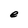
Character: e